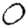
Digit: 0